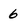
Character: 6